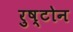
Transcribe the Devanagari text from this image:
रुष्टोन